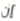
إن